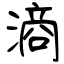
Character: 滳